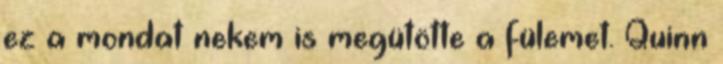
ez a mondat nekem is megütötte a fülemet. Quinn